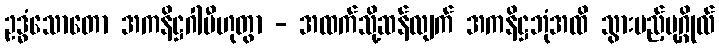
ဥဒ္ဓံသောတော အကနိဋ္ဌဂါမီဟုတွာ - အထက်သို့ဆန်လျက် အကနိဋ္ဌဘုံအထိ သွားမည့်ပုဂ္ဂိုလ်